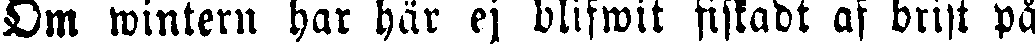
Om wintern har här ej blifwit fiskadt af brist på